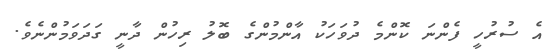
އެ ސުރުހީ ފެންނަ ކޮންމެ ދުވަހަކު އާންމުންގެ ބޮލު ރިހުން ދާނީ ގަދަވަމުންނެވެ.